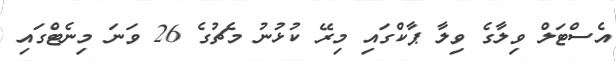
އެސްޓަލް ވިލާގެ ވިލާ ޕާކްގައި މިރޭ ކުޅުނު މެޗުގެ 26 ވަނަ މިނެޓްގައި